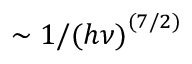
\sim 1 / { ( h \nu ) } ^ { ( 7 / 2 ) }